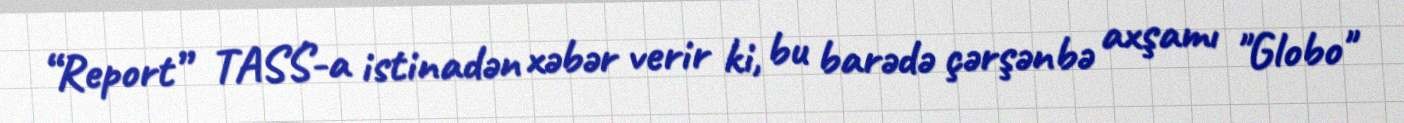
“Report” TASS-a istinadən xəbər verir ki, bu barədə çərşənbə axşamı "Globo"